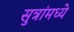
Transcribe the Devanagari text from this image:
सुत्रांमध्ये